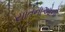
યાતનાઓનો